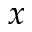
x